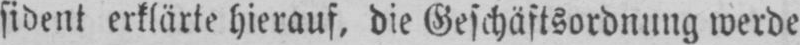
sident erklärte hierauf, die Geschäftsordnung werde